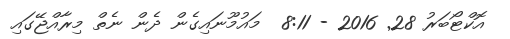
އޮކްޓޯބަރު 28